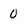
Character: 0